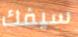
سيفك